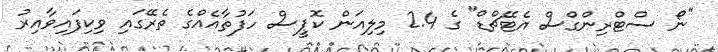
"ނޯ ސްޓްރިންގްސް އެޓޭޗްޑް" ގެ 2.4 މިލިއަން ކޮޕީސް ހަފުތާއެއްގެ ތެރޭގައި ވިކިފައިވާއިރު